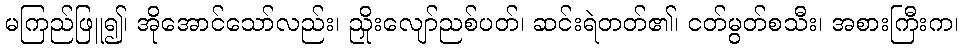
မကြည်ဖြူ၍၊ အိုအောင်သော်လည်း၊ ညှိုးလျော်ညစ်ပတ်၊ ဆင်းရဲတတ်၏၊ ငတ်မွတ်စသီး၊ အစားကြီးက၊